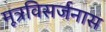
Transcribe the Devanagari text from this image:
मूत्रविसर्जनास